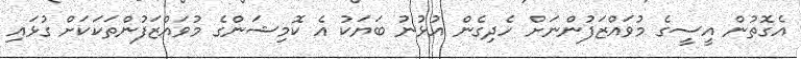
އެގޮތުން އީސީގެ މުވައްޒަފުންނަށް ހެދިގެން އުޅުނު ބަޔަކު އެ ކޮމިޝަންގެ މުވައްޒަފުންތަކަކަށް ގުޅައި